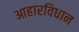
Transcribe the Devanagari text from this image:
आहारविधान